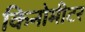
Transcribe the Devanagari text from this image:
किनोमीटर